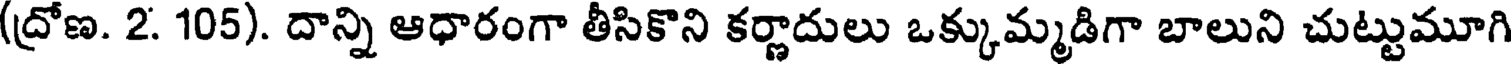
(ద్రోణ. 2. 105). దాన్ని ఆధారంగా తీసికొని కర్ణాదులు ఒక్కుమ్మడిగా బాలుని చుట్టుమూగి